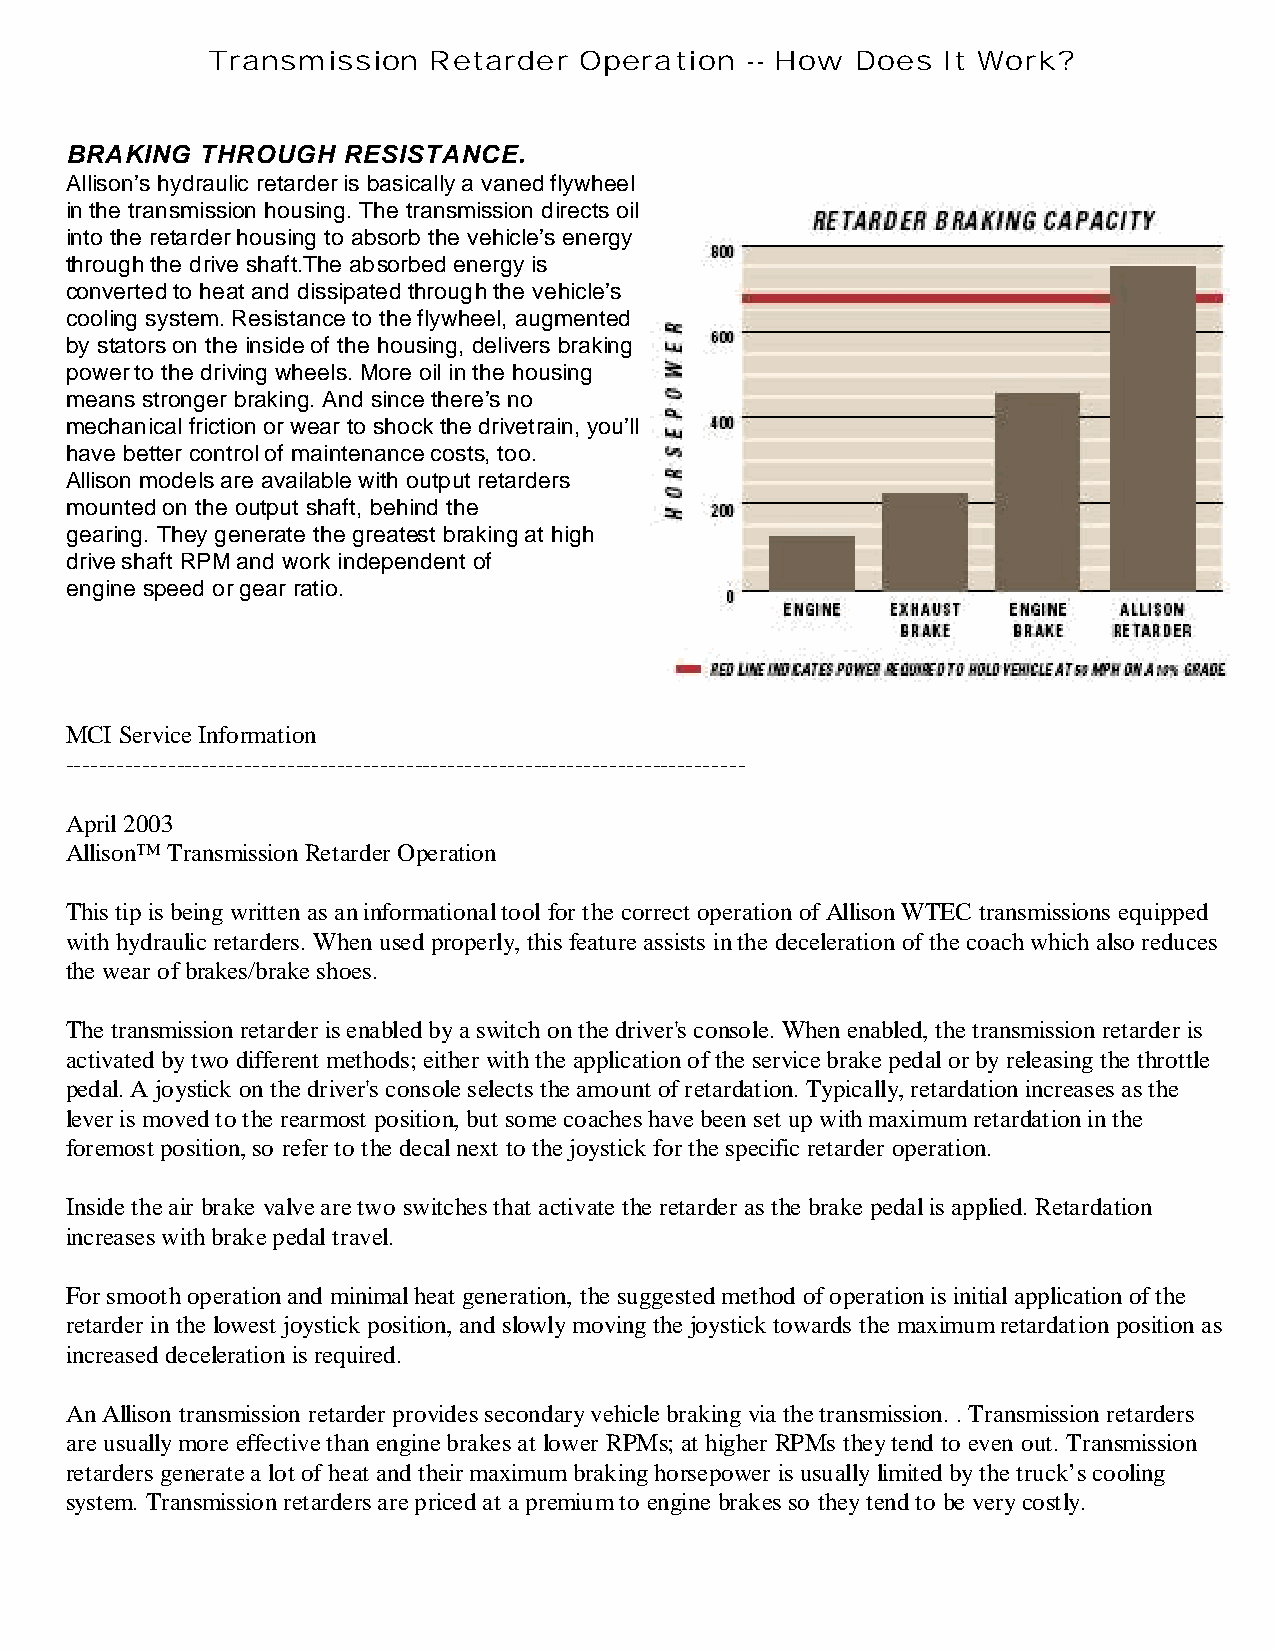
Transmission  Retarder  Operation  -- How  Does It Work?
 BRAKING  THROUGH   RESISTANCE.
 Allison’s hydraulic retarder is basically a vaned flywheel
 in the transmission housing. The transmission directs oil
 into the retarder housing to absorb the vehicle’s energy
 through the drive shaft.The absorbed energy is
 converted to heat and dissipated through the vehicle’s
 cooling system. Resistance to the flywheel, augmented
 by stators on the inside of the housing, delivers braking
 power to the driving wheels. More oil in the housing
 means stronger braking. And since there’s no
 mechanical friction or wear to shock the drivetrain, you’ll
 have better control of maintenance costs, too.
 Allison models are available with output retarders
 mounted on the output shaft, behind the
 gearing. They generate the greatest braking at high
 drive shaft RPM and work independent of
 engine speed or gear ratio.
 MCI Service Information
 --------------------------------------------------------------------------------
 April 2003
 Allison™ Transmission Retarder Operation
 This tip is being written as an informational tool for the correct operation of Allison WTEC transmissions equipped
 with hydraulic retarders. When used properly, this feature assists in the deceleration of the coach which also reduces
 the wear of brakes/brake shoes.
 The transmission retarder is enabled by a switch on the driver's console. When enabled, the transmission retarder is
 activated by two different methods; either with the application of the service brake pedal or by releasing the throttle
 pedal. A joystick on the driver's console selects the amount of retardation. Typically, retardation increases as the
 lever is moved to the rearmost position, but some coaches have been set up with maximum retardation in the
 foremost position, so refer to the decal next to the joystick for the specific retarder operation.
 Inside the air brake valve are two switches that activate the retarder as the brake pedal is applied. Retardation
 increases with brake pedal travel.
 For smooth operation and minimal heat generation, the suggested method of operation is initial application of the
 retarder in the lowest joystick position, and slowly moving the joystick towards the maximum retardation position as
 increased deceleration is required.
 An Allison transmission retarder provides secondary vehicle braking via the transmission. . Transmission retarders
 are usually more effective than engine brakes at lower RPMs; at higher RPMs they tend to even out. Transmission
 retarders generate a lot of heat and their maximum braking horsepower is usually limited by the truck’s cooling
 system. Transmission retarders are priced at a premium to engine brakes so they tend to be very costly.